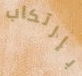
بإرتكاب